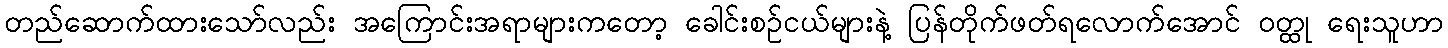
တည်ဆောက်ထားသော်လည်း အကြောင်းအရာများကတော့ ခေါင်းစဉ်ငယ်များနဲ့ ပြန်တိုက်ဖတ်ရလောက်အောင် ဝတ္ထု ရေးသူဟာ